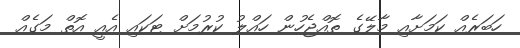
ހަބަރެއް ކަމަށާއި މާލޭގެ ތޮއްޖެހުން ހައްލު ކުރުމަށް ޓަކައި އެއީ އޮތް މަގެއް